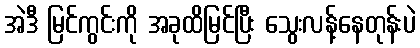
အဲဒီ မြင်ကွင်းကို အခုထိမြင်ပြီး သွေးလန့်နေတုန်းပဲ